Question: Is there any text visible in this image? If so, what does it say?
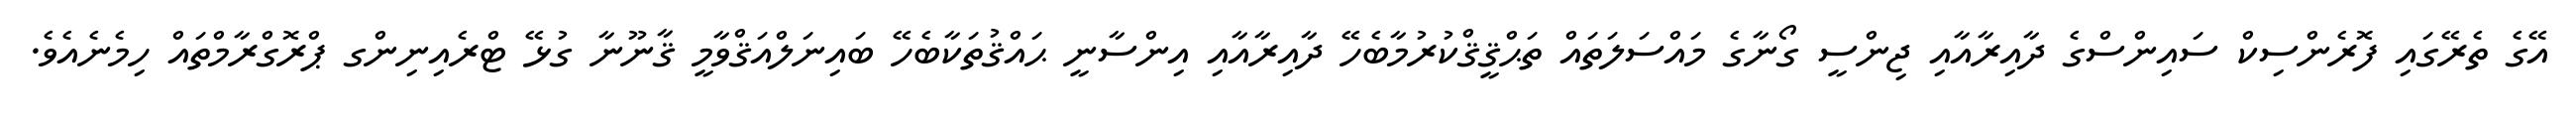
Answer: އޭގެ ތެރޭގައި ފޮރެންސިކް ސައިންސްގެ ދާއިރާއާއި ޖިންސީ ގޯނާގެ މައްސަލަތައް ތަޙްޤީޤްކުރުމާބެހޭ ދާއިރާއާއި އިންސާނީ ޙައްޤުތަކާބެހޭ ބައިނަލްއަޤްވާމީ ޤާނޫނާ ގުޅޭ ޓްރެއިނިންގ ޕްރޮގްރާމްތައް ހިމެނެއެވެ.